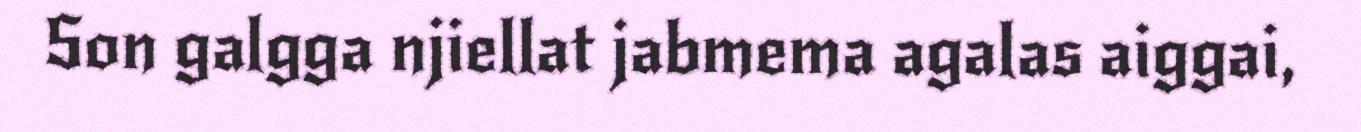
Son galgga njiellat jabmema agalas aiggai,